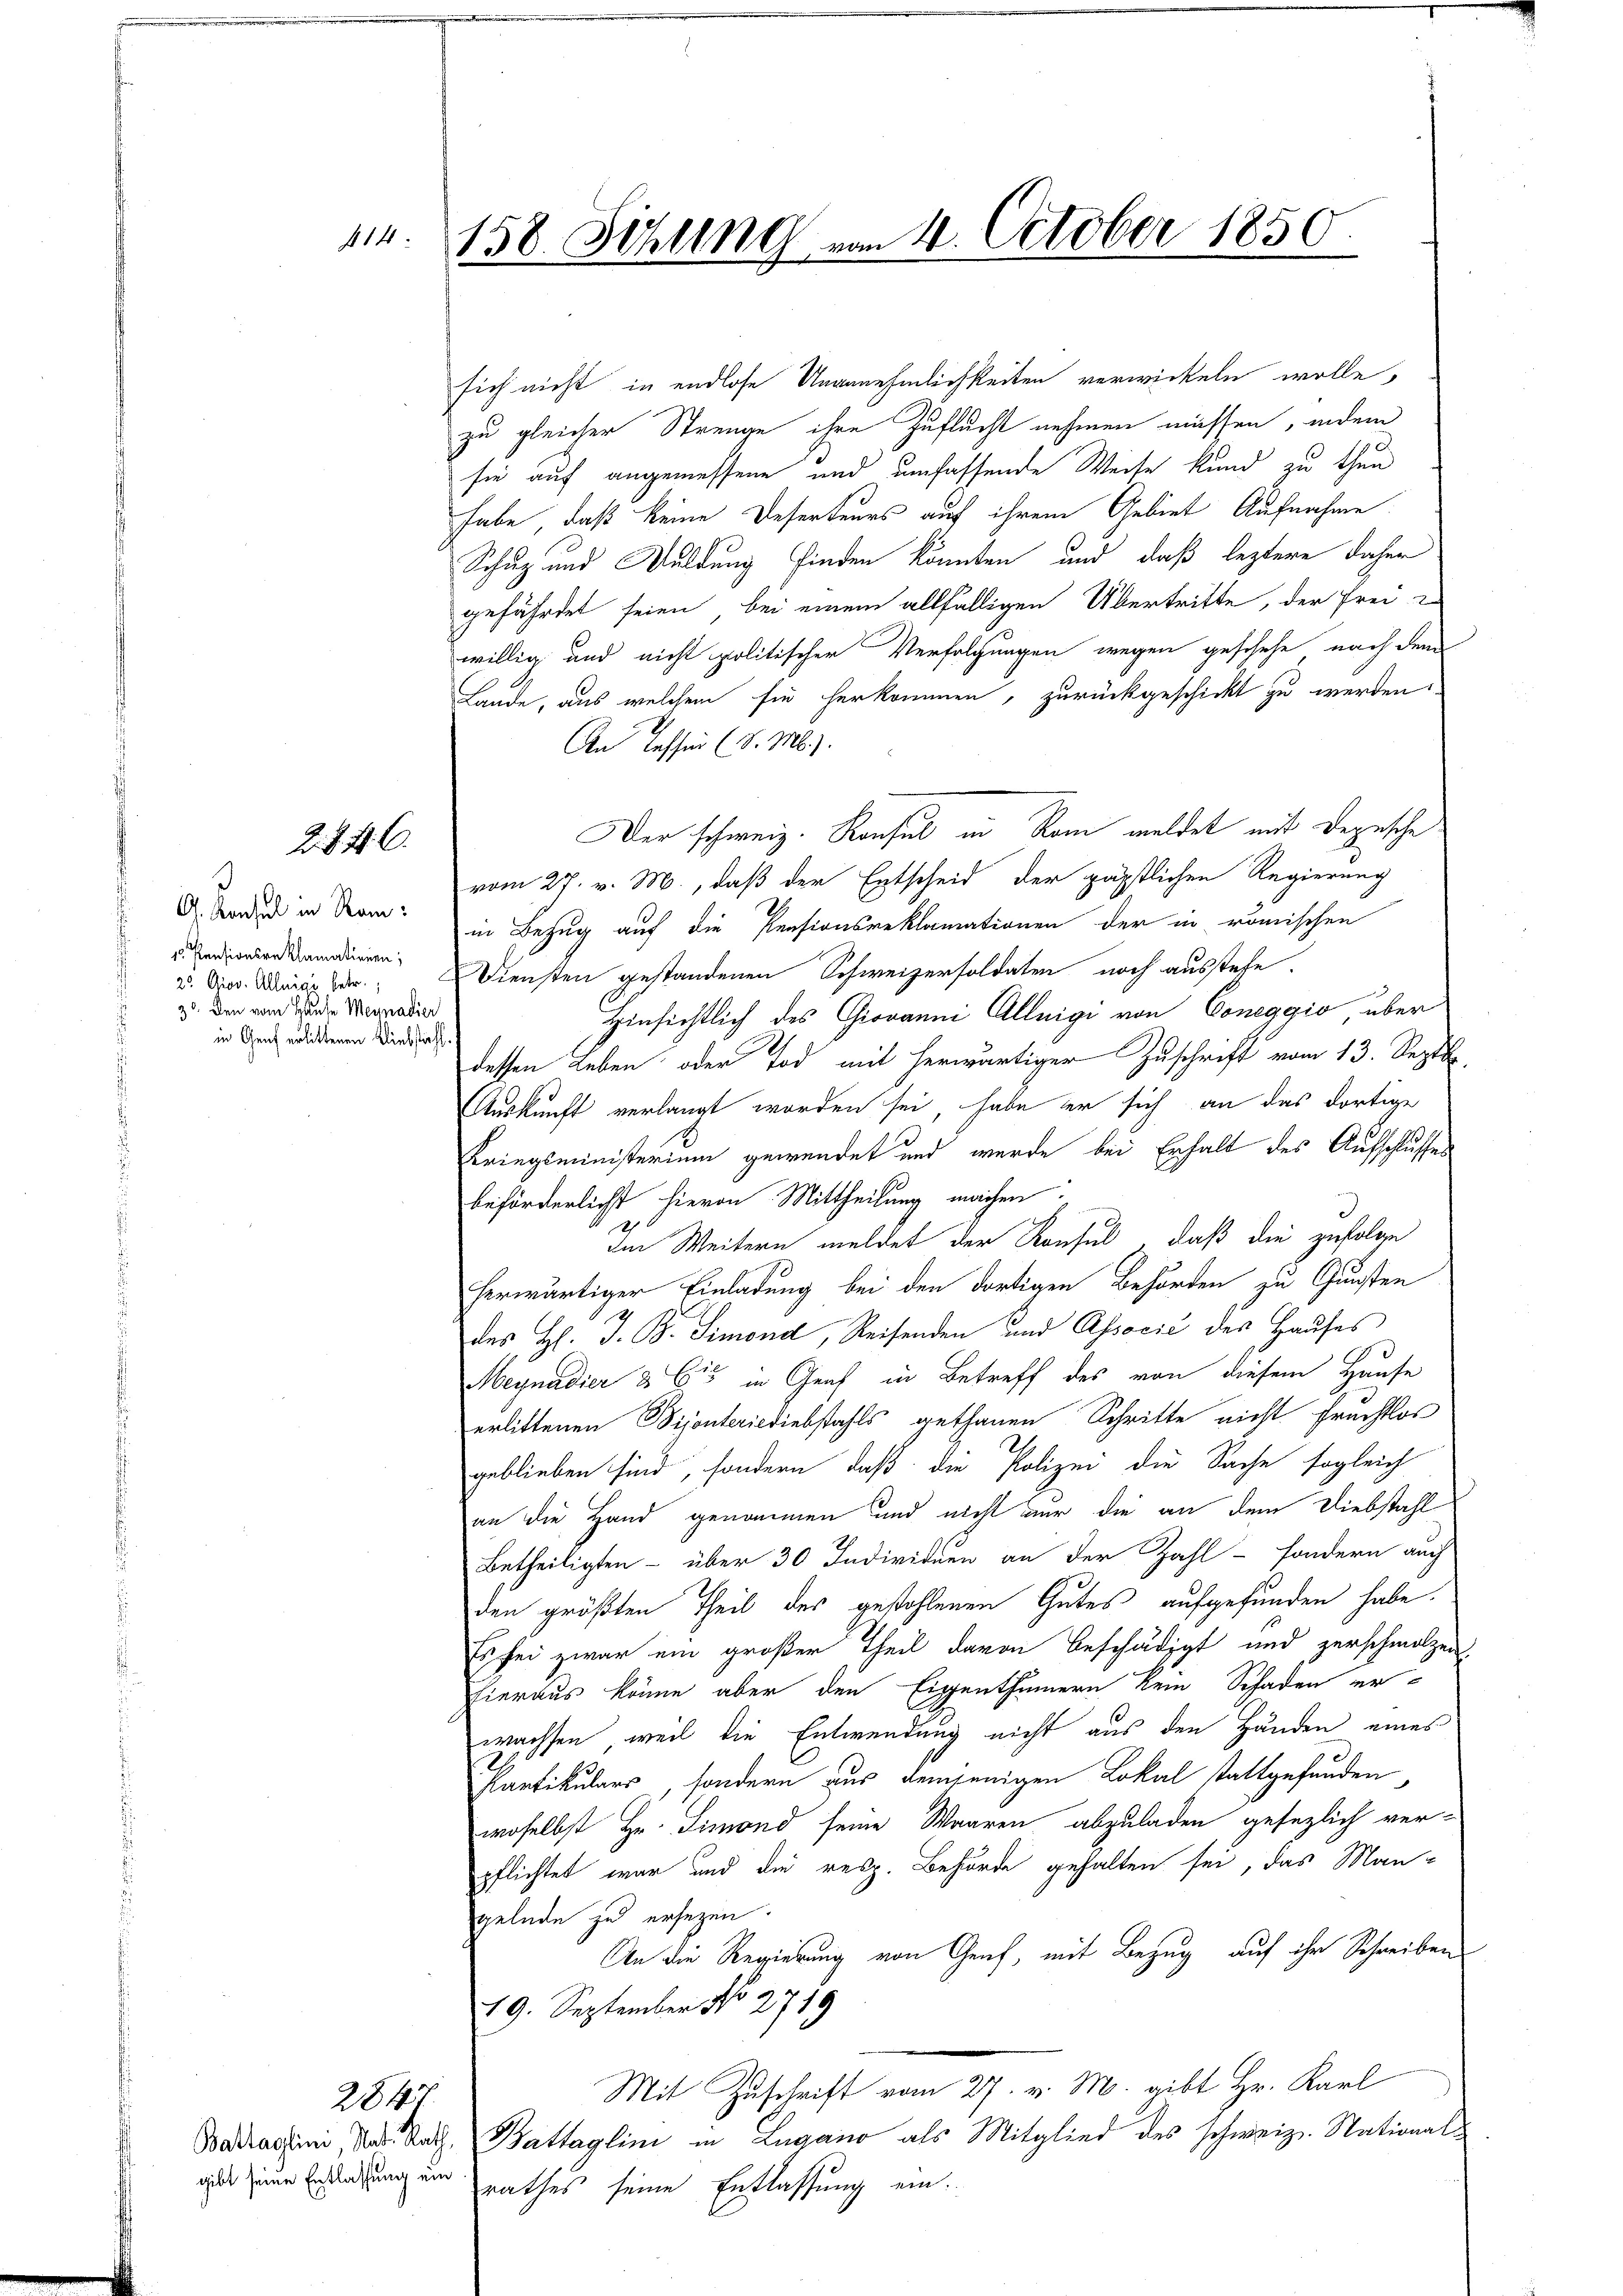
2876.

G. Konsul in Ram:
10. Pensionsreklamationen
2. Giov. Allnigs betr.
3. Den vom Hause Mennadier
in Genf erlittenen Diebstiff.

414
158. Sehling vom 4. October 1850.
.

284

sich nicht in endlose Unannehmlichkeiten verwickeln wolle,
zu gleicher Strenge ihre Zuflucht nehmen müssen, indem
sie auf angemessene und umfassende Weise kund zu thun
habe, daß keine Deserteurs auf ihrem Gebiet Aufnahme
Schuz und Duldung finden könnten und daß leztere daher
gefährdet seien, bei einem allfälligen Übertritte, der Frei-
willig und nicht politischer Verfolgungen wegen geschehe, nach dem
Lande, aus welchem sie herkommen, zurückgeschickt zu werden.
An Tessin (d. M.).
Der schweiz. Konsul in kam meldet mit Depesche
vom 27. v. M., daß der Entscheid der päpstlichen Regierung
in Bezug auf die Pensionsreklamationen der in römischen
Diensten gestandenen Schweizersoldaten noch ausstehe.
Hinsichtlich des Giovanni Alleigi von Coneggio über
dessen Leben oder Tod mit herwärtiger Zuschrift vom 13. Septbr.
Auskunft verlangt worden sei, habe er sich an das dortige
Kriegsministerium gewendet und wurde bei Erhalt des Aufschlusses
beförderlichst hievon Mittheilung machen:
de Weitern meldet der Konsul, daß die zufolge
herwärtiger Einladung bei den dortigen Behörden zu Gunsten
des Hl. J. B. Simond, Reisenden und Associć des Hauses
Meynadier & Cie in Graf in Betreff des von diesem Hause
erlittenen Bijonteriodiebstahls gethanen Schritte nicht Fruchtlos
geblieben sind, sondern, daß die Polizei die Sache sogleich
an die Hand genommen und nicht nur die an dem Diebstahl
Betheiligten – über 30 Individuen an der Zahl - sondern auch
den größten Theil des gestohlenen Gutes aufgefunden habe.
Es sei zwar ein großer Theil davon beschädigt und zerschmolzen.
hieraus könne aber den Eigenthümern kein Schaden er-
wachsen, weil die Entwendung nicht aus den Händen eines
Partikulars, sondern aus demjenigen Lokal stattgefunden
woselbst Hr. Simond seine Waaren abzuladen gesezlich verpflichtet war und die resp. Behörde gehalten sei, das Mangelnde zu ersezen.
An die Regierung von Genf, mit Bezug auf ihr Schreiben
19. September No 2759
Mit Zuschrift vom 27. v. M. gibt Hr. Karl
Baractum das Rath, Battaglini in Lugano als Mitglied des schweiz. Nationaldier seine Erstrafung ein rathes seine Entlassung ein